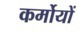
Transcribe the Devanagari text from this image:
कर्मोयों